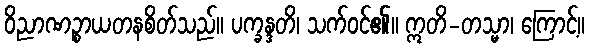
ဝိညာဏဉ္စာယတနစိတ်သည်။ ပက္ခန္ဒတိ၊ သက်ဝင်၏။ ဣတိ-တသ္မာ၊ ကြောင့်။